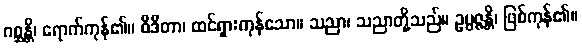
ဂစ္ဆန္တိ၊ ရောက်ကုန်၏။ ဝိဒိတာ၊ ထင်ရှားကုန်သော။ သညာ၊ သညာတို့သည်။ ဥပ္ပဇ္ဇန္တိ၊ ဖြစ်ကုန်၏။